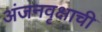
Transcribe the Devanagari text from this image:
अंजनवृक्षाची